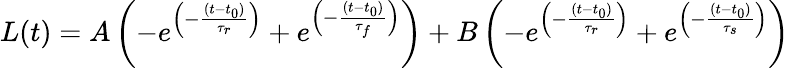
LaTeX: L(t)=A\left(-e^{\left(-\frac{(t-t_{0})}{\tau_{r}}\right)}+e^{\left(-\frac{(t-t_{0})}{\tau_{f}}\right)}\right)+B\left(-e^{\left(-\frac{(t-t_{0})}{\tau_{r}}\right)}+e^{\left(-\frac{(t-t_{0})}{\tau_{s}}\right)}\right)